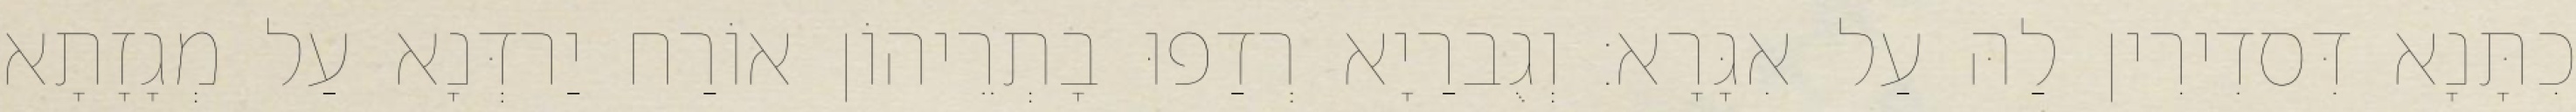
כִתָּנָא דִּסדִירִין לַהּ עַל אִגָּרָא׃ וְגֻברַיָא רְדַפוּ בָתְרֵיהוֹן אוֹרַח יַרדְּנָא עַל מְגָזָתָא